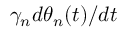
\gamma _ { n } d \theta _ { n } ( t ) / d t